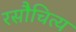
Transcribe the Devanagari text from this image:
रसौचित्य